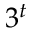
3 ^ { t }